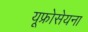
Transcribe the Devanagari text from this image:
यूफ्रोसेयना